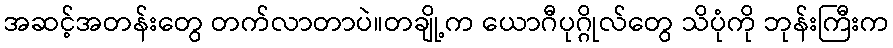
အဆင့်အတန်းတွေ တက်လာတာပဲ။တချို့က ယောဂီပုဂ္ဂိုလ်တွေ သိပုံကို ဘုန်းကြီးက